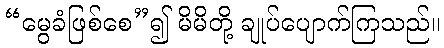
“မွေခံဖြစ်စေ”၍ မိမိတို့ ချုပ်ပျောက်ကြသည်။